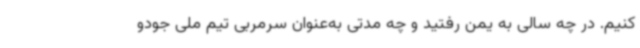
کنیم. در چه سالی به یمن رفتید و چه مدتی به‌عنوان سرمربی تیم ملی جودو